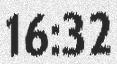
16:32